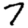
Digit: 7